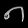
Digit: ၈